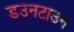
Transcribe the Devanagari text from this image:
डउनटाउन